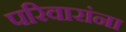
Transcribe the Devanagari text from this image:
परिवारांना